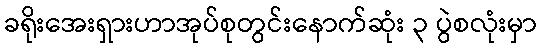
ခရိုးအေးရှားဟာအုပ်စုတွင်းနောက်ဆုံး ၃ ပွဲစလုံးမှာ